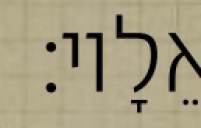
אֵלָיו׃